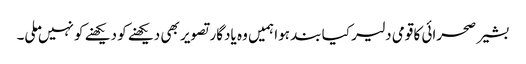
بشیر صحرائی کا قومی دلیر کیا بند ہوا ہمیں وہ یادگار تصویر بھی دیکھنے کو دیکھنے کو نہیں ملی۔